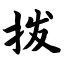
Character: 拨